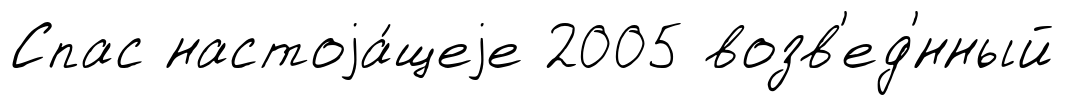
Спас настоjа́щеjе 2005 возв'ед'́нный